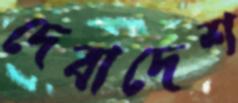
দেবাদেশ